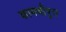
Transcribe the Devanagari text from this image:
कामथीपुरा